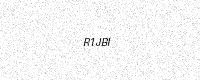
Text: R1JBI